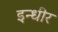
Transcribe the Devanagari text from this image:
इन्धीर